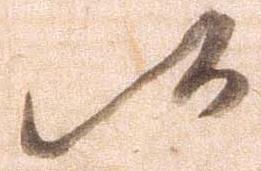
候